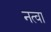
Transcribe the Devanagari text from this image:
नत्वा